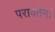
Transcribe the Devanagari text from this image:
परावर्तन।